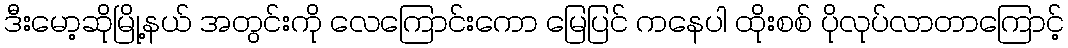
ဒီးမော့ဆိုမြို့နယ် အတွင်းကို လေကြောင်းကော မြေပြင် ကနေပါ ထိုးစစ် ပိုလုပ်လာတာကြောင့်